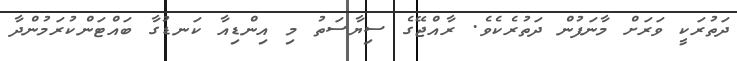
ދަތުރަކީ ވަރަށް މާނަފުން ދަތުރެކެވެ. ރާއްޖޭގެ ސިޔާސަތު މި އިންޑިއާ ކަނޑުގާ ބައްޓަންކުރަމުންދާ